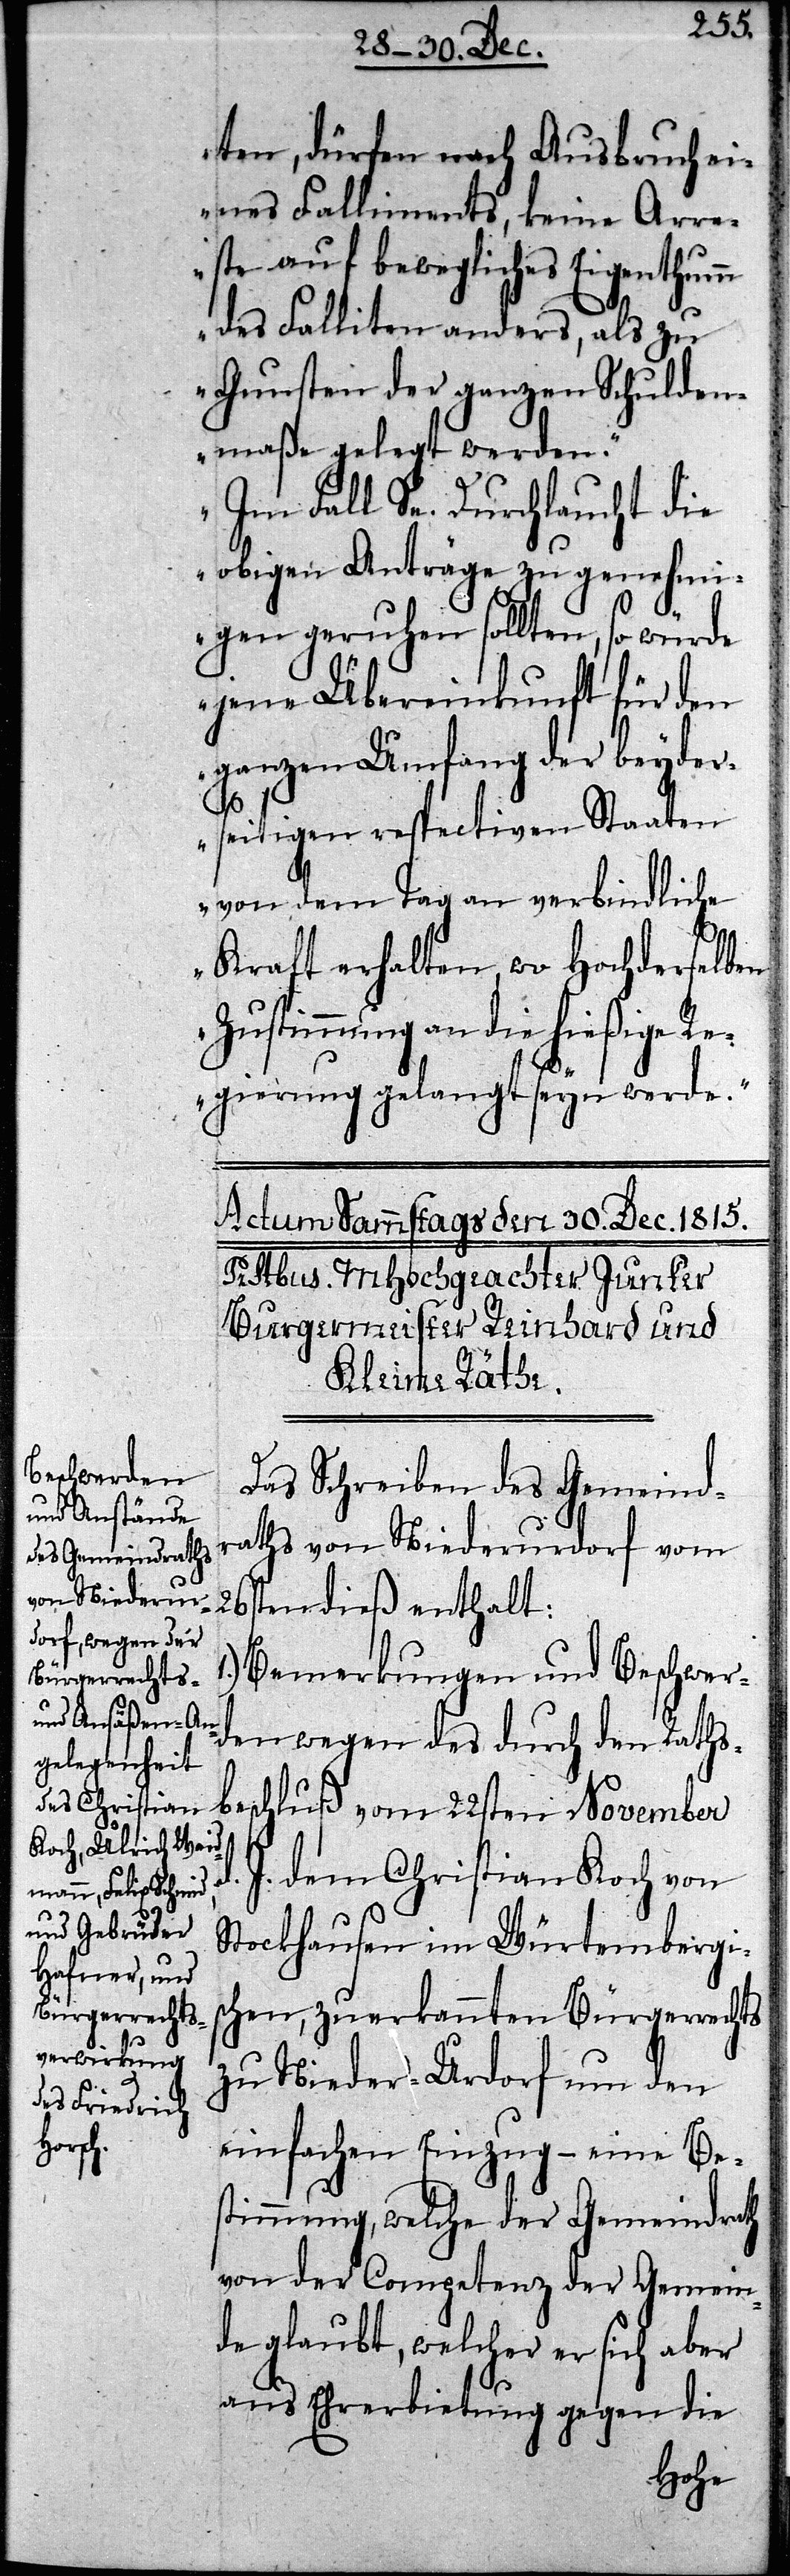
ten, dürfen nach Ausbruch e¬
ines Falliments, keine Arre¬
ste auf bewegliches Eigenthumm
des Falliten anders, als zu
Gunsten der ganzen Schulden¬
maße gelegt werden.
Im Fall Se. Durchlaucht die
obigen Anträge zu genehmi¬
gen geruhen sollten, so würde
jene Übereinkunft für den
ganzen Umfang der beyder¬
seitigen respectiven Staaten
von dem Tag an verbindliche
Kraft erhalten, wo Hochderselben
Zustimmung an die hießige
Regierung gelangt seyn werde.“
Das Schreiben des Gemeind¬
raths von Niederurdorf vom
26sten dieß enthalt
Bemerkungen und Beschwer¬
den wegen des durch den Raths¬
beschluß vom 22sten November
J. dem Christian Koch von
Stockhausen im Würtembergis¬
chen, zuerkannten Bürgerrechts
zu Nieder-Urdorf um den
einfachen Einzug – eine Be¬
stimmung, welche der Gemeindrath
von der Competenz der Gemein¬
de glaubt, welcher er sich aber
aus Ehrerbietung gegen die